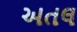
અતલ